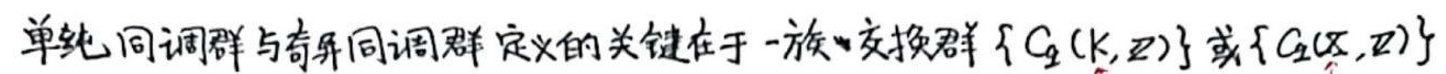
单纯同调群与奇异同调群定义的关键在于一族交换群$\{ C_q(K,\mathbb{Z})\}$或$\{ C_q(X,\mathbb{Z})\}$